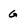
Character: g